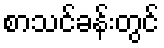
စာသင်ခန်းတွင်